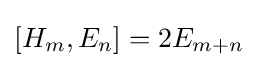
[H_{m},E_{n}]=2E_{m+n}